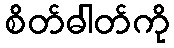
စိတ်ဓါတ်ကို